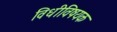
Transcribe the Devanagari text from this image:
विधीविषयक